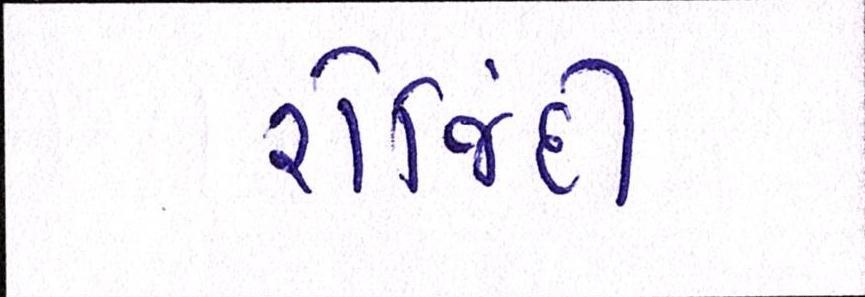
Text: રોજિંદી